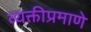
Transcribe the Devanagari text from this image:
व्यक्तीप्रमाणे